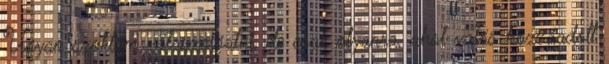
Ugyan szoktam válaszolgatni, de csak olyanra, ahol valós hozzáadott